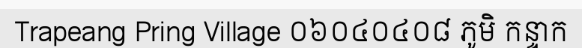
Trapeang Pring Village ០៦០៤០៤០៨ ភូមិ កន្ទាក